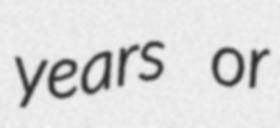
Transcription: years or